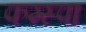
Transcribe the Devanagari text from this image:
फग्स्पा